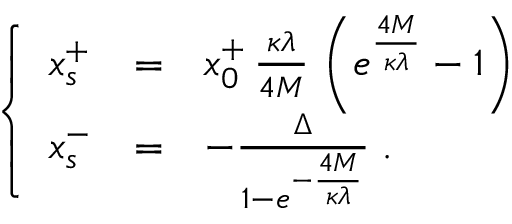
\left\{ \begin{array} { l l l } { { x _ { s } ^ { + } } } & { { = } } & { { x _ { 0 } ^ { + } \, \frac { \kappa \lambda } { 4 M } \, \left( e ^ { \frac { 4 M } { \kappa \lambda } } - 1 \right) } } \\ { { x _ { s } ^ { - } } } & { { = } } & { { - \frac { \Delta } { 1 - e ^ { - \frac { 4 M } { \kappa \lambda } } } \; . } } \end{array} \right.